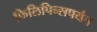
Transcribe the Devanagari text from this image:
फिलिपिन्सपर्यंत